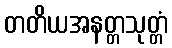
တတိယအနတ္တသုတ္တံ